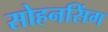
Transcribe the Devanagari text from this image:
सोहनसिंग